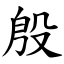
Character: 殷